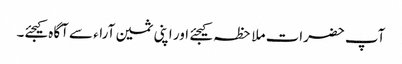
آپ حضرات ملاحظہ کیجئے اور اپنی ثمین آراء سے آگاہ کیجئے۔